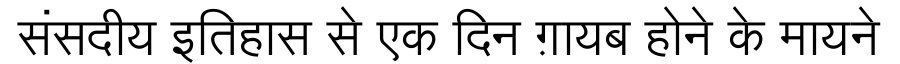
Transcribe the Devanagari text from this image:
संसदीय इतिहास से एक दिन ग़ायब होने के मायने